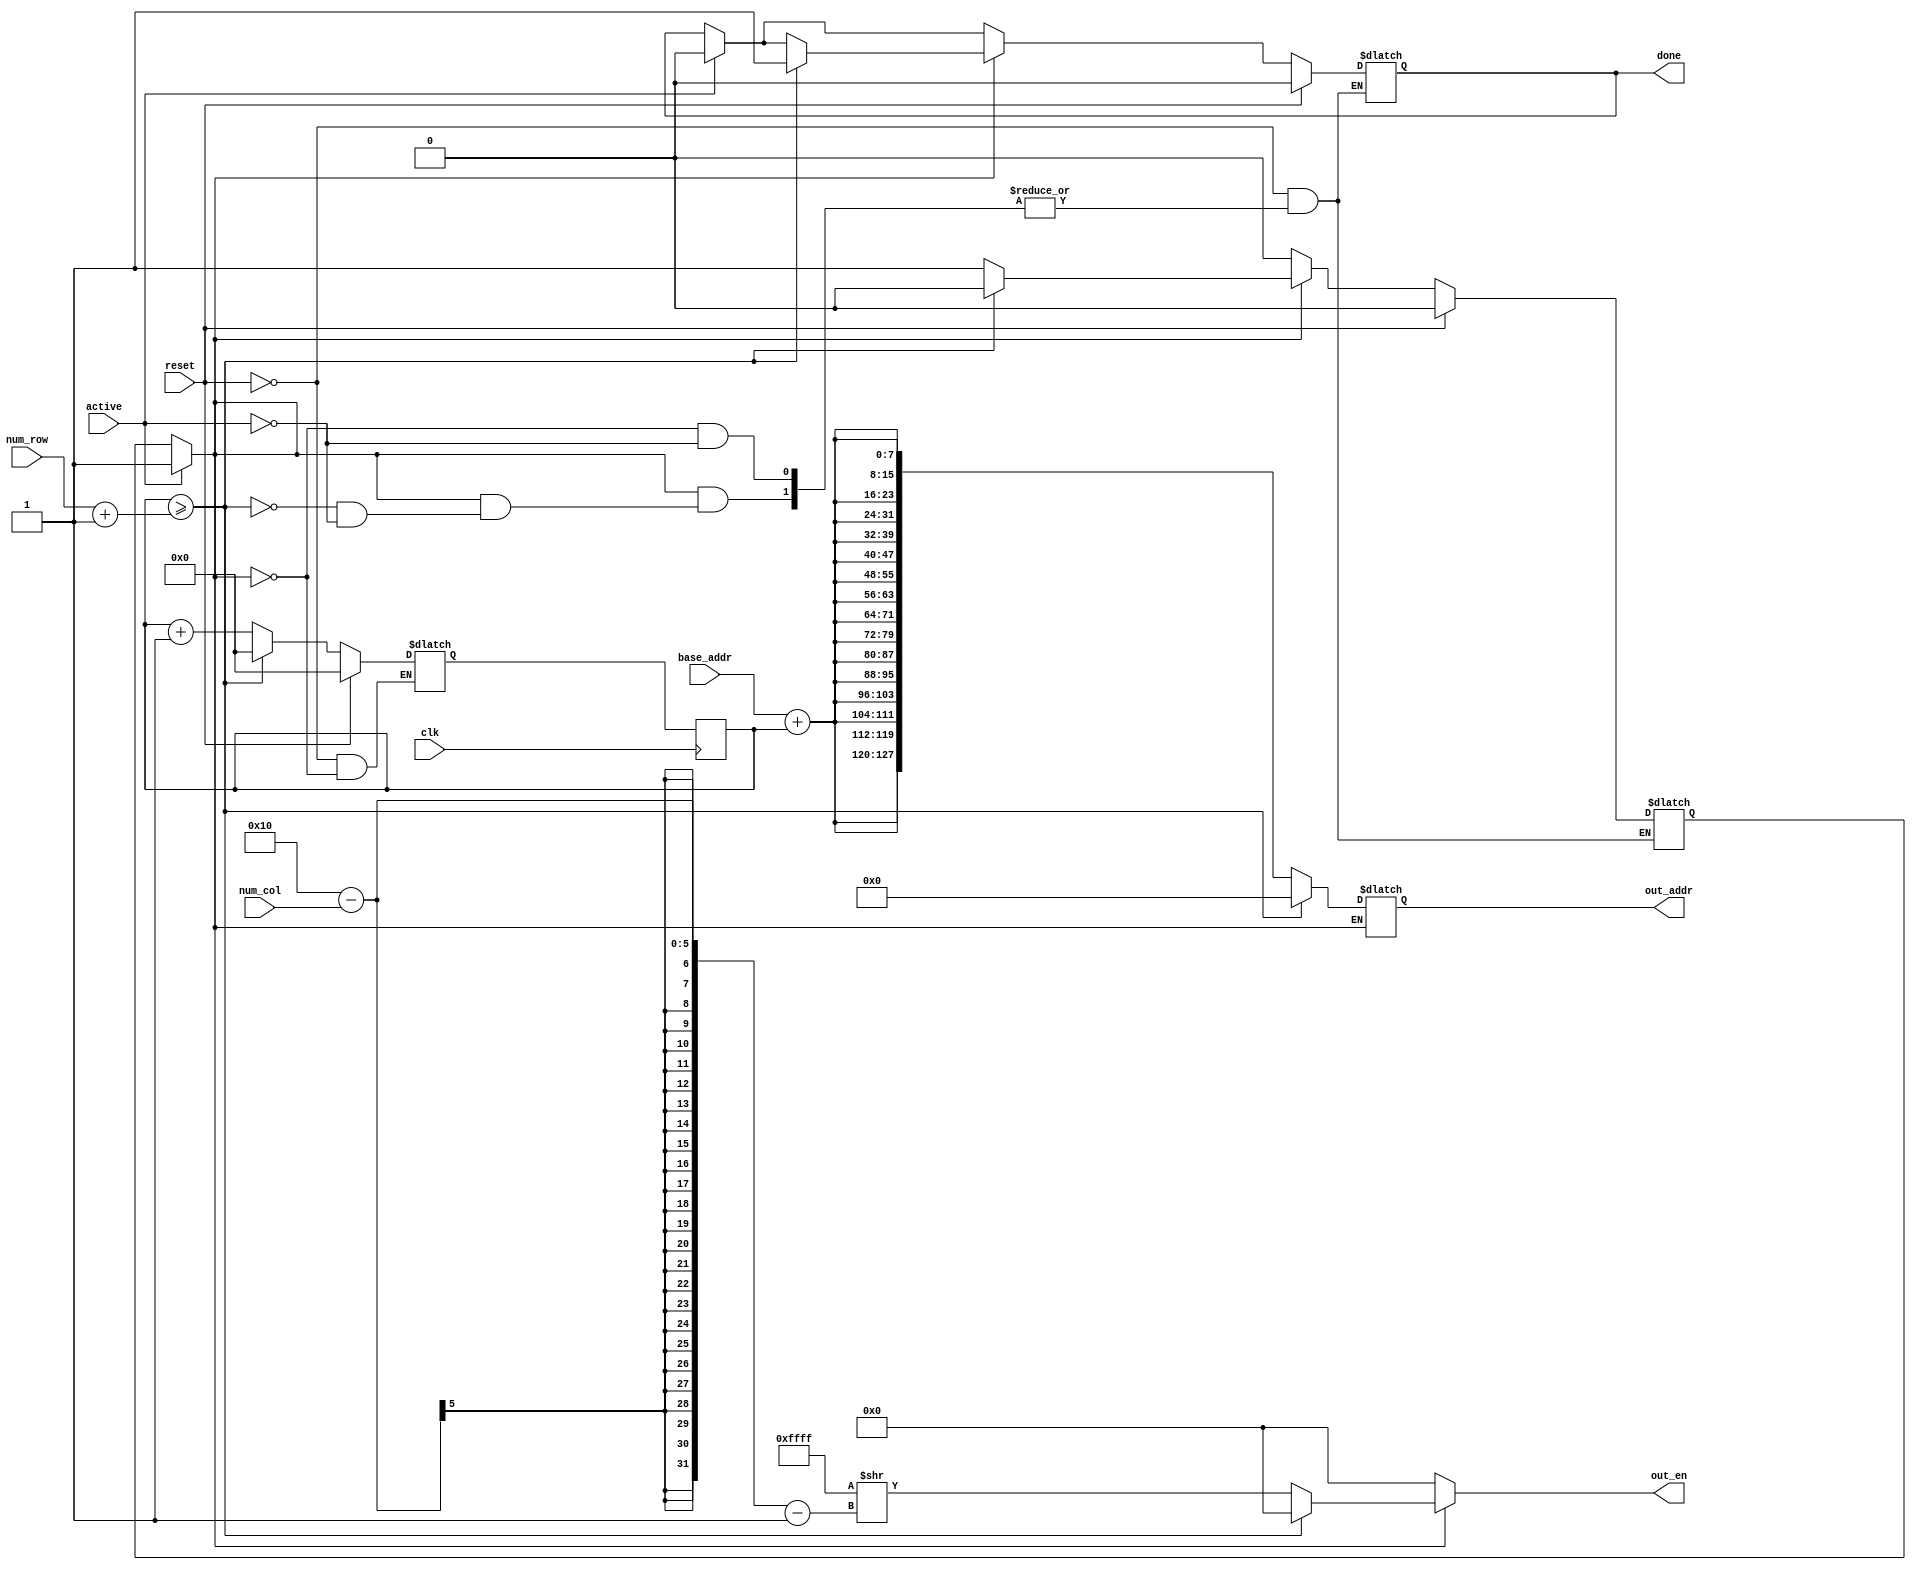
module master_mem_control(
  clk,
  reset,
  active,
  base_addr,
  num_row,
  num_col,
  out_addr,
  out_en,
  done
);

parameter addr_width = 8;
parameter width_height = 16;
localparam out_addr_width = addr_width * width_height;

input clk, reset, active;
input [addr_width-1:0] base_addr;
input [$clog2(width_height)-1:0] num_row, num_col;

output reg done;
output reg [width_height-1:0] out_en;
output reg [out_addr_width-1:0] out_addr;

reg start;
reg [$clog2(width_height)-1:0] count, count_c;

always@(posedge clk) begin
  count <= count_c;
end

always@(*) begin
  out_en = {width_height{1'b0}};

  if(active) begin
    start = 1;
    done = 0;
  end

  if(start) begin
    out_en = {width_height{1'b1}} >> (width_height - num_col - 1);
    out_addr = {width_height{base_addr+count}};
    count_c = count + 1;

    if(count >= num_row + 1) begin
      count_c = 0;
      out_addr = 0;
      out_en = 0;
      done = 1;
      start = 0;
    end
  end

  if(reset) begin
    start = 0;
    done = 0;
    count_c = 0;
  end
end

endmodule